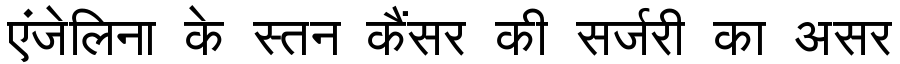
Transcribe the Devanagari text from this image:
एंजेलिना के स्तन कैंसर की सर्जरी का असर